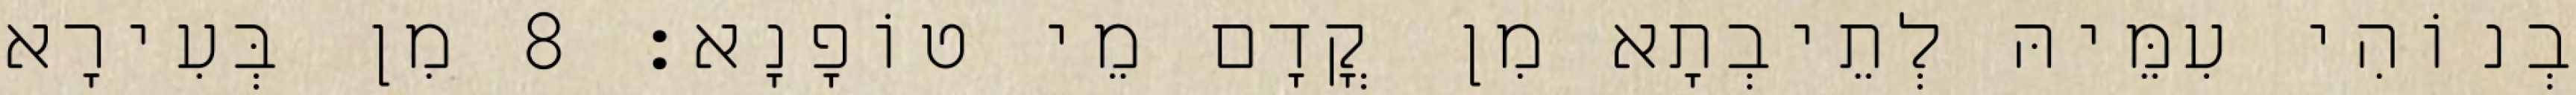
בְנוֹהִי עִמֵּיהּ לְתֵיבְתָא מִן קֳדָם מֵי טוֹפָנָא׃ 8 מִן בְּעִירָא